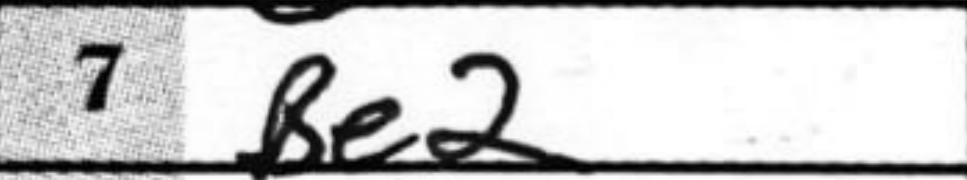
Transcription: Be2